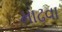
માઢવા